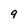
Character: 9